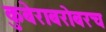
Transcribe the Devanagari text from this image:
कुबेराबरोबरच